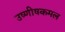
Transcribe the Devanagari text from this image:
उष्णीषकमल